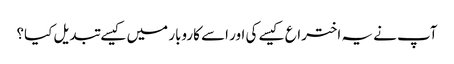
آپ نے یہ اختراع کیسے کی اور اسے کاروبار میں کیسے تبدیل کیا؟